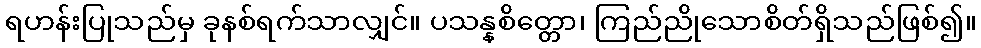
ရဟန်းပြုသည်မှ ခုနစ်ရက်သာလျှင်။ ပသန္နစိတ္တော၊ ကြည်ညိုသောစိတ်ရှိသည်ဖြစ်၍။